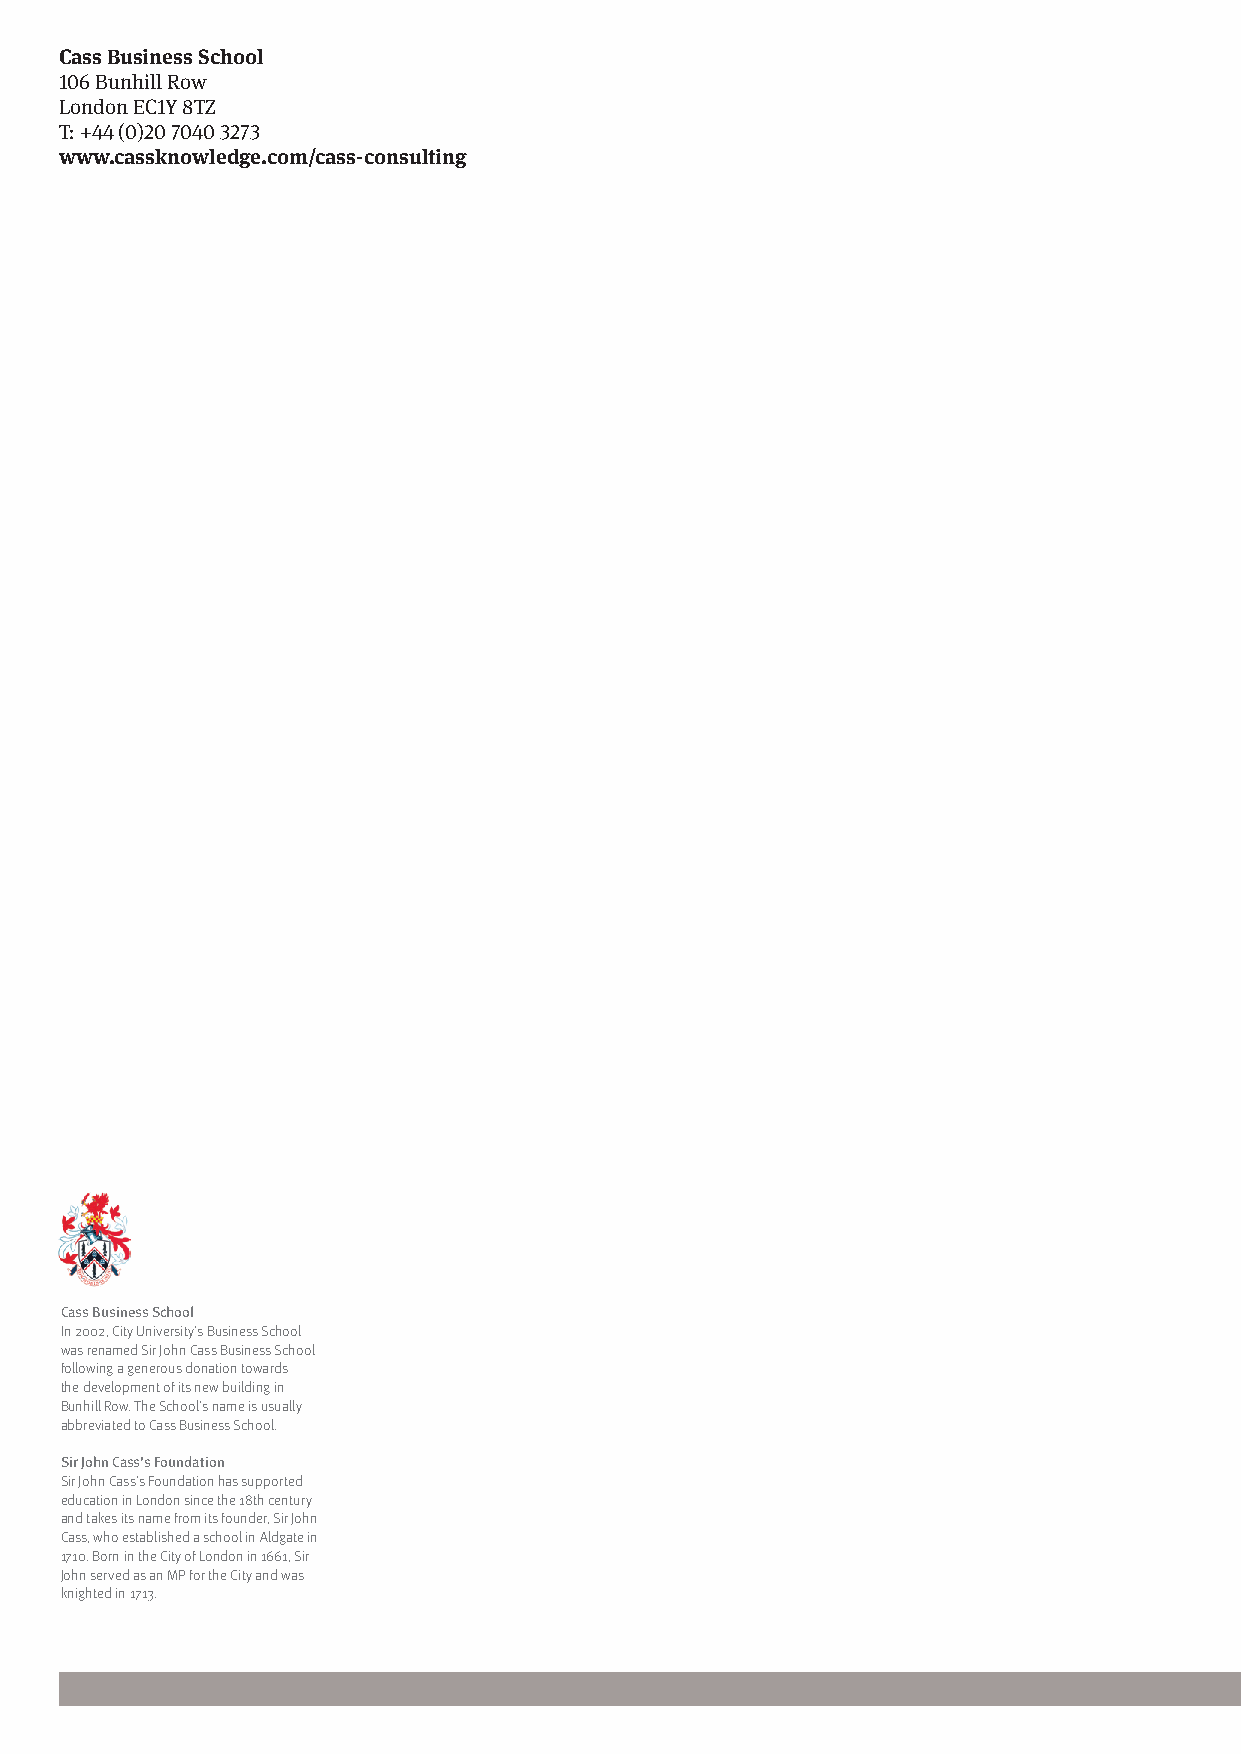
Cass Business School
 106 Bunhill Row
 London EC1Y 8TZ
 T: +44 (0)20 7040 3273
 www.cassknowledge.com/cass-consulting
 Cass Business School
 In 2002, City University’s Business School
 was renamed Sir John Cass Business School
 following a generous donation towards
 the development of its new building in
 Bunhill Row. The School’s name is usually
 abbreviated to Cass Business School.
 Sir John Cass’s Foundation
 Sir John Cass’s Foundation has supported
 education in London since the 18th century
 and takes its name from its founder, Sir John
 Cass, who established a school in Aldgate in
 1710. Born in the City of London in 1661, Sir
 John served as an MP for the City and was
 knighted in 1713.